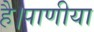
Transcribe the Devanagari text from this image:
है।पाणीया